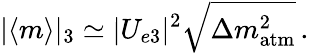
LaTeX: |\langle{m}\rangle|_{3}\simeq|U_{e3}|^{2}\sqrt{\Delta{m}_{\mathrm{atm}}^{2}}\, .